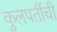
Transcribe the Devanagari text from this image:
कुलपतींची